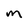
Character: M